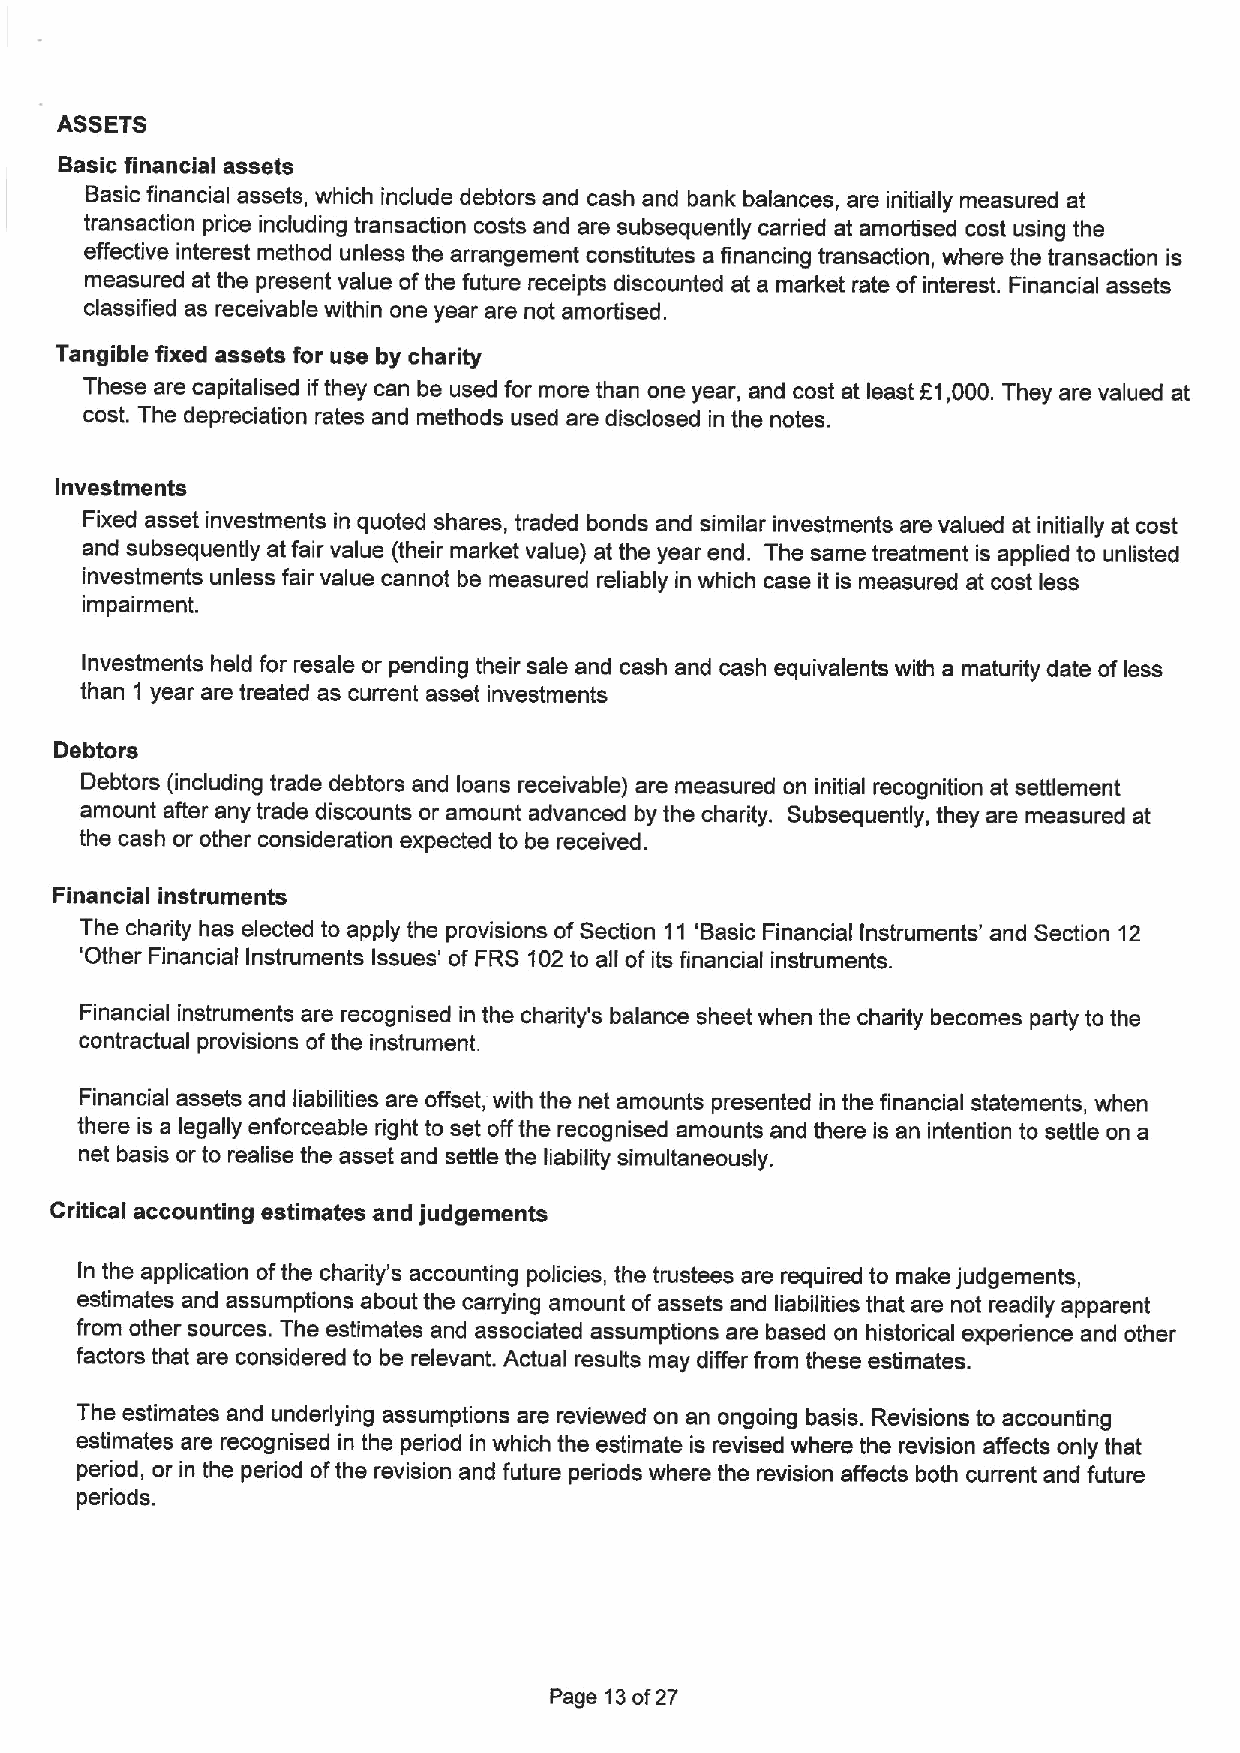
ASSETS
 Basic financial assets
 Basic financial assets, which include debtors and cash and bank balances, are initially measured at
 transaction price including transaction costs and are subsequently carried at amortised cost using the
 effective interest method unless the arrangement constitutes a financing transaction, where the transaction is
 measured at the present value ofthe future receipts discounted at a market rate ofinterest. Financial assets
 classified as receivable within one year are not amortised.
 Tangible fixed assets for use by charity
 These are capitalised ifthey can be used for more than one year, and cost at least K1,000.They are valued at
 cost. The depreciation rates and methods used are disclosed in the notes.
 Investments
 Fixed asset investments in quoted shares, traded bonds and similar investments are valued at initially at cost
 and subsequently at fair value (their market value) at the year end. The same treatment is applied to unlisted
 investments unless fair value cannot be measured reliably in which case it is measured at cost less
 impairment.
 Investments held for resale or pending their sale and cash and cash equivalents with a maturity date of less
 than 1 year are treated as current asset investments
 Debtors
 Debtors (including trade debtors and loans receivable) are measured on initial recognition at settlement
 amount after any trade discounts or amount advanced by the charity. Subsequently, they are measured at
 the cash or other consideration expected to be received.
 Financial instruments
 The charity has elected to apply the provisions ofSection 11 'Basic Financial Instruments' and Section 12
 'Other Financial Instruments Issues' of FRS 102to all of its financial instruments.
 Financial instruments are recognised in the charity's balance sheet when the charity becomes party to the
 contractual provisions ofthe instrument.
 Financial assets and liabilities are offset, with the net amounts presented in the financial statements, when
 there is a legally enforceable right to set offthe recognised amounts and there is an intention to settle on a
 net basis or to realise the asset and settle the liability simultaneously.
 Critical accounting estimates and judgements
 In the application ofthe charity's accounting policies, the trustees are required to make judgements,
 estimates and assumptions about the carrying amount of assets and liabilities that are not readily apparent
 from other sources. The estimates and associated assumptions are based on historical experience and other
 factors that are considered to be relevant. Actual results may differ from these estimates.
 The estimates and underlying assumptions are reviewed on an ongoing basis. Revisions to accounting
 estimates are recognised in the period in which the estimate is revised where the revision affects only that
 period, or in the period ofthe revision and future periods where the revision affects both current and future
 periods.
 Page 13of27